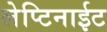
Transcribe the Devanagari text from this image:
लेप्टिनाईट